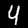
Label: 4